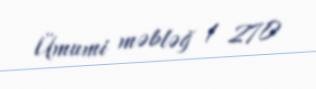
Ümumi məbləğ 1 270